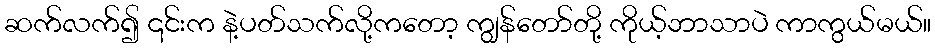
ဆက်လက်၍ ၎င်းက နဲ့ပတ်သက်လို့ကတော့ ကျွန်တော်တို့ ကိုယ့်ဘာသာပဲ ကာကွယ်မယ်။